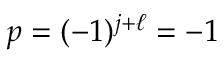
p = ( - 1 ) ^ { j + \ell } = - 1